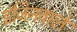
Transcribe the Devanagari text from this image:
इंजिनवाले